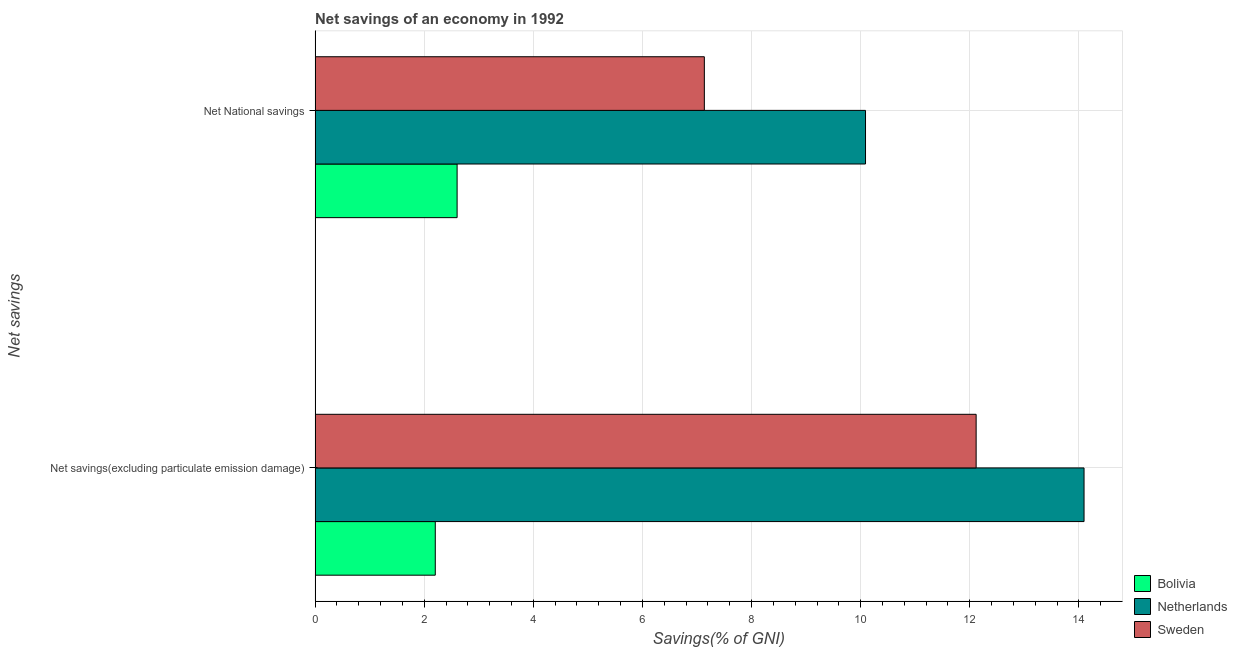
| Net savings | Bolivia | Netherlands | Sweden |
 | --- | --- | --- | --- |
 | Net savings(excluding particulate emission damage) | 2.2 | 14.1 | 12.1 |
 | Net National savings | 2.6 | 10.1 | 7.13 |